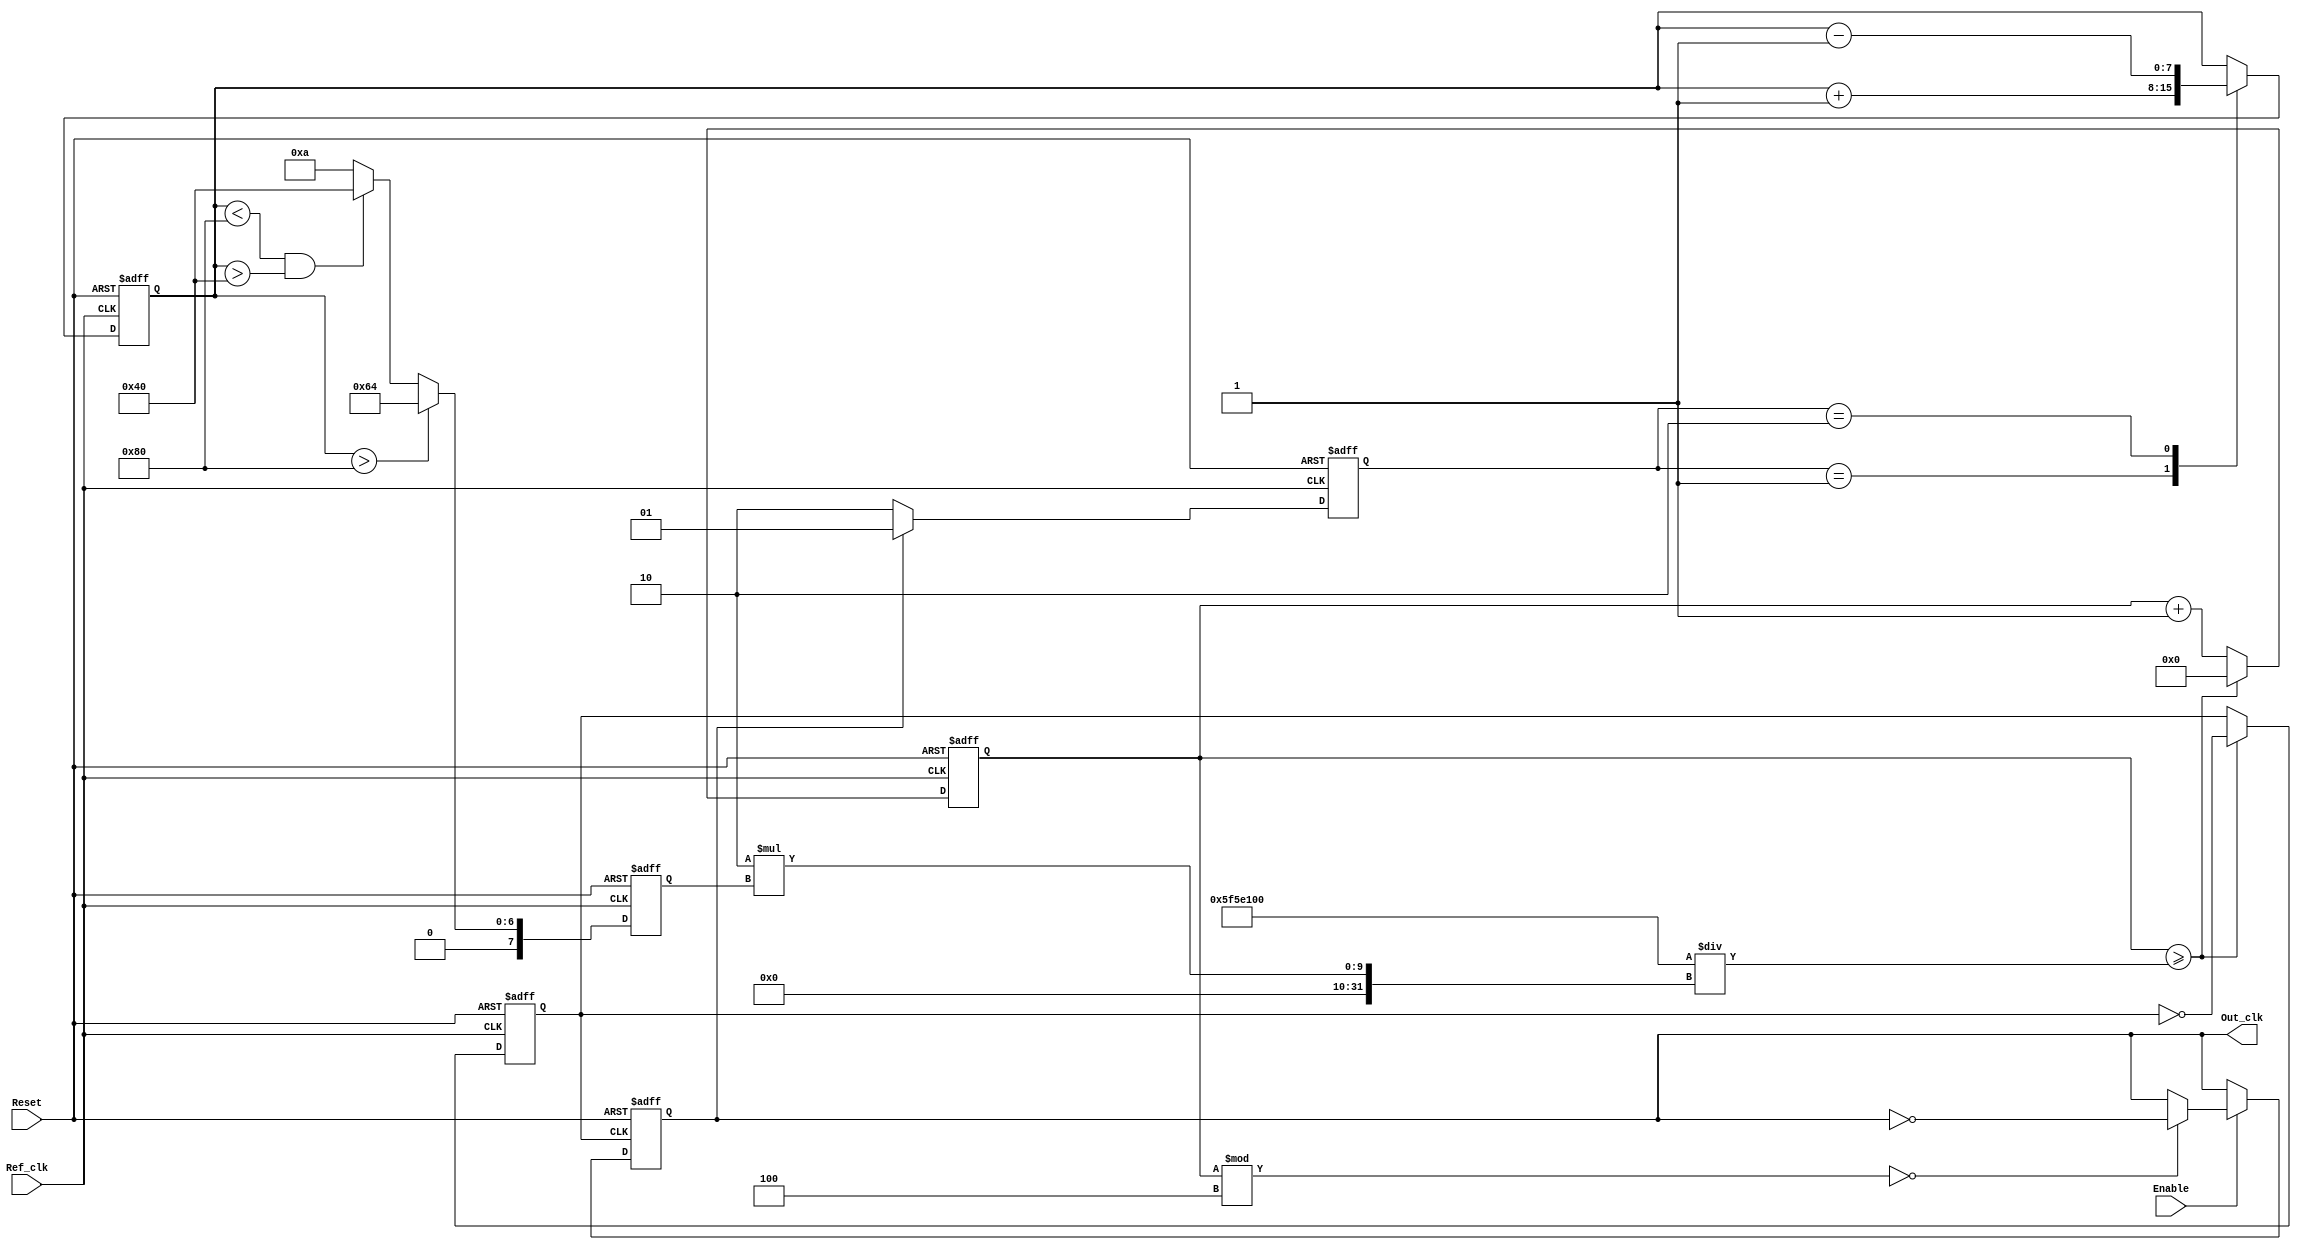
module pll_type1 (
    input wire Ref_clk,       // Reference clock input
    input wire Reset,        // Reset signal
    input wire Enable,       // Enable signal for the PLL
    output reg Out_clk       // Output clock
);

// Parameters
parameter DIV_FACTOR = 4;  // Division factor for output clock
parameter VCO_MAX_FREQ = 100; // Max frequency for VCO in MHz
parameter VCO_MIN_FREQ = 10;  // Min frequency for VCO in MHz
parameter FREQ_STEP = 1;      // Frequency step size for VCO

// Internal signals
reg [1:0] phase_error;      // Phase error signal from phase detector
reg [7:0] control_voltage;   // Control voltage for VCO
reg [7:0] vco_output_freq;   // Frequency output from VCO
reg [31:0] counter;          // Counter for generating output clock
reg vco_clk;                 // VCO clock signal

// Phase Detector
always @ (posedge Ref_clk or posedge Reset) begin
    if (Reset) begin
        phase_error <= 2'b00; // Reset phase error
    end else if (Out_clk) begin
        phase_error <= 2'b01; // Out_clk leads Ref_clk
    end else begin
        phase_error <= 2'b10; // Out_clk lags Ref_clk
    end
end

// Loop Filter (simple integrator)
always @ (posedge Ref_clk or posedge Reset) begin
    if (Reset) begin
        control_voltage <= 8'h00; // Reset control voltage
    end else begin
        case (phase_error)
            2'b01: control_voltage <= control_voltage + 1; // Increase voltage
            2'b10: control_voltage <= control_voltage - 1; // Decrease voltage
            default: control_voltage <= control_voltage; // No change
        endcase
    end
end

// Voltage-Controlled Oscillator (VCO)
always @ (posedge Ref_clk or posedge Reset) begin
    if (Reset) begin
        vco_output_freq <= VCO_MIN_FREQ; // Start at min frequency
    end else begin
        // Control voltage determines frequency
        if (control_voltage > 128) begin
            vco_output_freq <= VCO_MAX_FREQ; // Max frequency
        end else if (control_voltage < 128 && control_voltage > 64) begin
            vco_output_freq <= 64; // Intermediate frequency
        end else begin
            vco_output_freq <= VCO_MIN_FREQ; // Min frequency
        end
    end
end

// Generate VCO clock based on frequency
always @ (posedge Ref_clk or posedge Reset) begin
    if (Reset) begin
        vco_clk <= 1'b0;
        counter <= 0;
    end else begin
        if (counter >= (100000000 / (2 * vco_output_freq))) begin
            vco_clk <= ~vco_clk; // Toggle VCO clock
            counter <= 0;
        end else begin
            counter <= counter + 1;
        end
    end
end

// Output Divider
always @ (posedge vco_clk or posedge Reset) begin
    if (Reset) begin
        Out_clk <= 1'b0; // Reset output clock
    end else if (Enable) begin
        if (counter % DIV_FACTOR == 0) begin
            Out_clk <= ~Out_clk; // Toggle output clock at division factor
        end
    end
end

endmodule